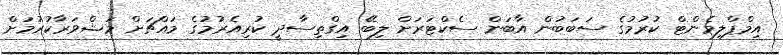
އިމްޕްލިމެންޓް ކުރުމުގެ ސަބަބުން އާބަން ސެކްޓަރަށް ލިބޭ އިގްތިސާދީ ކުރިއެރުމުގެ މައްޗަށް މަޝްވަރާކުރުމަށް